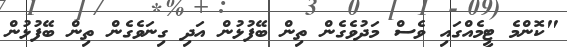
"ކޮންމެ ޓީމެއްގައި ވެސް މަދުވެގެން ތިން ބޭފުޅުން އަދި ގިނަވެގެން ތިން ބޭފުޅުން